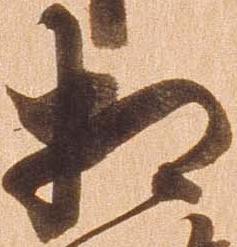
相